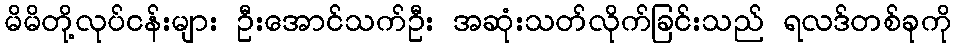
မိမိတို့လုပ်ငန်းများ ဦးအောင်သက်ဦး အဆုံးသတ်လိုက်ခြင်းသည် ရလဒ်တစ်ခုကို